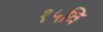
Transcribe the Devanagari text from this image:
१५वि